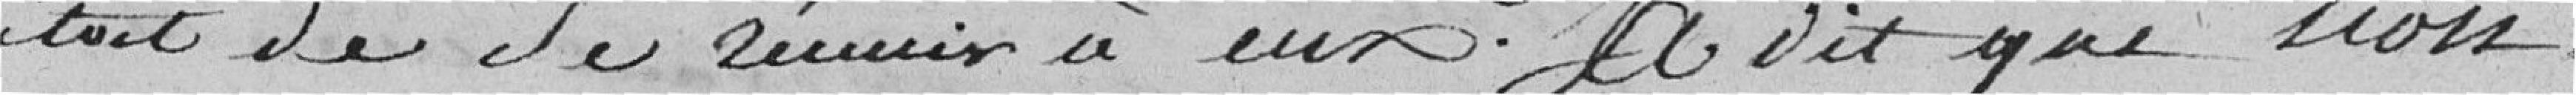
était de se réunir à eux ; a dit que non.